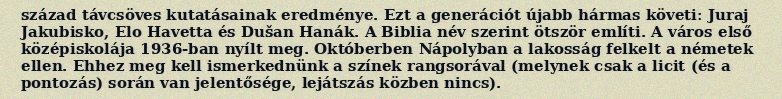
század távcsöves kutatásainak eredménye. Ezt a generációt újabb hármas követi: Juraj Jakubisko, Elo Havetta és Dušan Hanák. A Biblia név szerint ötször említi. A város első középiskolája 1936-ban nyílt meg. Októberben Nápolyban a lakosság felkelt a németek ellen. Ehhez meg kell ismerkednünk a színek rangsorával (melynek csak a licit (és a pontozás) során van jelentősége, lejátszás közben nincs).